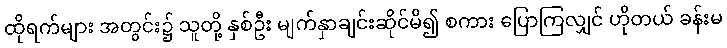
ထိုရက်များ အတွင်း၌ သူတို့ နှစ်ဦး မျက်နှာချင်းဆိုင်မိ၍ စကား ပြောကြလျှင် ဟိုတယ် ခန်းမ